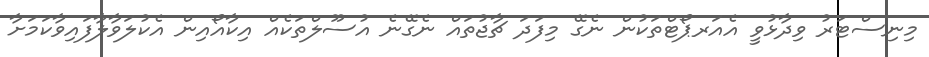
މިނިސްޓަރު ވިދާޅުވީ އެއަރޕޯޓްތަކުން ނެގޭ މިފަދަ ޗާޖުތައް ނެގޭނެ އުސޫލްތަކެއް އިކާއޯއިން އެކުލަވާލާފައިވާކަމަށާ